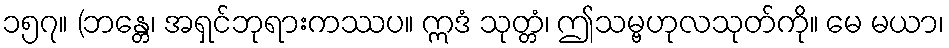
၁၅၇။ (ဘန္တေ၊ အရှင်ဘုရားကဿပ။ ဣဒံ သုတ္တံ၊ ဤသမ္ဗဟုလသုတ်ကို။ မေ မယာ၊